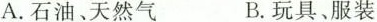
A. 石油、天然气 B. 玩具、服装